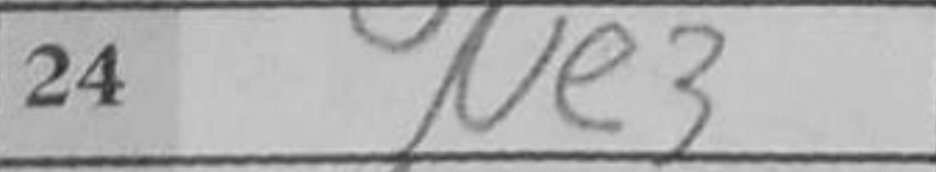
Transcription: Ne3